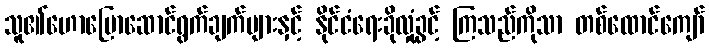
သူ၏ဟောပြောဆောင်ရွက်ချက်များနှင့် နိုင်ငံရေးခိုလှုံခွင့် ကြသည်ကိုသာ တစ်ထောင်ကျော်